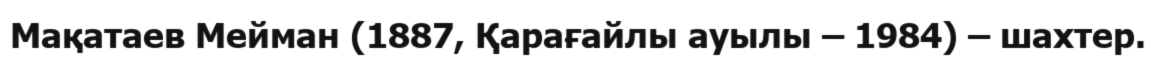
Мақатаев Мейман (1887, Қарағайлы ауылы – 1984) – шахтер.